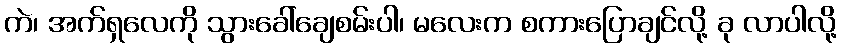
ကဲ၊ အက်ရှလေကို သွားခေါ်ချေစမ်းပါ၊ မလေးက စကားပြောချင်လို့ ခု လာပါလို့